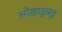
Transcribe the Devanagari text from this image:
ओक्काडुन्नडु